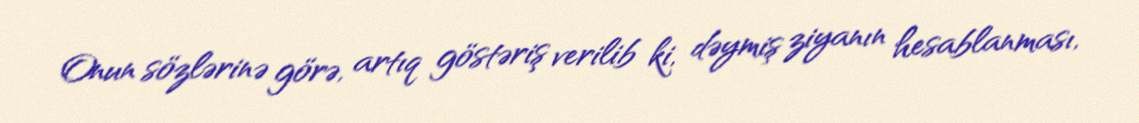
Onun sözlərinə görə, artıq göstəriş verilib ki, dəymiş ziyanın hesablanması,